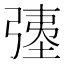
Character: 𫸹